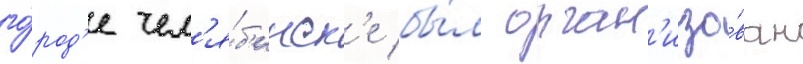
го́род'е чел'я́б'инск'е бы́л орган'изо́ван